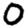
Digit: 0